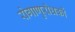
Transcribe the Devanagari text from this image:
रोगाणुरोधकों